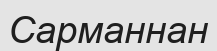
Сарманнан